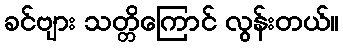
ခင်ဗျား သတ္တိကြောင် လွန်းတယ်။